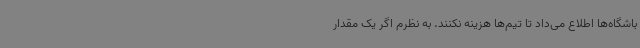
باشگاه‌ها اطلاع می‌داد تا تیم‌ها هزینه نکنند. به نظرم اگر یک مقدار